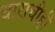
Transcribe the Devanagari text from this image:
धाराचीही